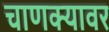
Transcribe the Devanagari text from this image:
चाणक्यावर